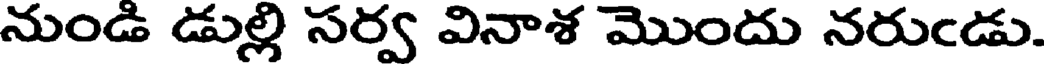
నుండి డుల్లి సర్వ వినాశ మొందు నరుఁడు.